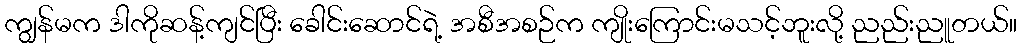
ကျွန်မက ဒါကိုဆန့်ကျင်ပြီး ခေါင်းဆောင်ရဲ့ အစီအစဉ်က ကျိုးကြောင်းမသင့်ဘူးလို့ ညည်းညူတယ်။